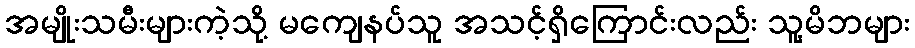
အမျိုးသမီးများကဲ့သို့ မကျေနပ်သူ အသင့်ရှိကြောင်းလည်း သူ့မိဘများ